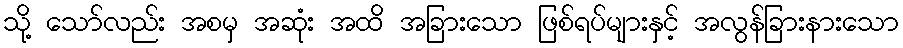
သို့ သော်လည်း အစမှ အဆုံး အထိ အခြားသော ဖြစ်ရပ်များနှင့် အလွန်ခြားနားသော